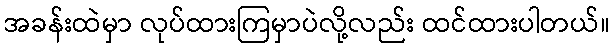
အခန်းထဲမှာ လုပ်ထားကြမှာပဲလို့လည်း ထင်ထားပါတယ်။